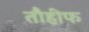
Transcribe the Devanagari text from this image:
तौहीफ